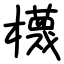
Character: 櫗